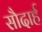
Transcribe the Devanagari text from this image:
सौदार्ह